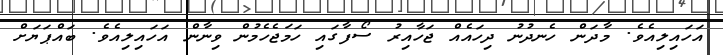
އަހައިލިއެވެ. މާދަން ހެނދުނު ދިހައެއް ޖަހާއިރު ސޯފާގައި ހަމަޖެހެމުން ވިނާން އަހައިލިއެވެ. ބައްޕަޔަށް